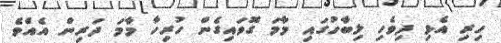
ހިރި އެޅި ދިވެހި ލިބާހުގައި މާމަ ގޮވައިގެން ހުރިހާ މާމަ ދަރިން އެއްވެ